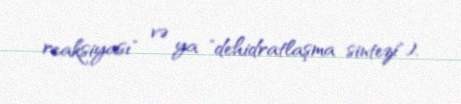
reaksiyası" və ya "dehidratlaşma sintezi").